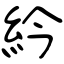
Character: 紟